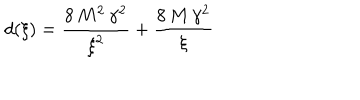
LaTeX: d ( \xi ) = { \frac { 8 \, { M ^ { 2 } } \, { { \gamma } ^ { 2 } } } { { { \xi } ^ { 2 } } } } + { \frac { 8 \, M \, { { \gamma } ^ { 2 } } } { \xi } }